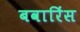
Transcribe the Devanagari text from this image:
बवारिंस